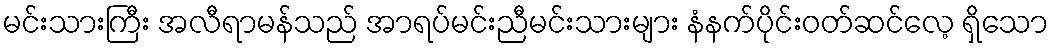
မင်းသားကြီး အလီရာမန်သည် အာရပ်မင်းညီမင်းသားများ နံနက်ပိုင်းဝတ်ဆင်လေ့ ရှိသော